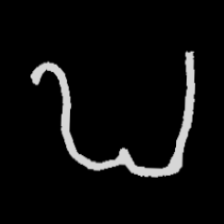
Pyu character \u2014 Myanmar letter: ဎ (romanized: ddha)